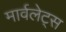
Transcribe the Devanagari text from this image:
मार्वलेट्स